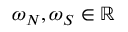
\omega _ { N } , \omega _ { S } \in \mathbb { R }